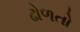
ઢોળતો